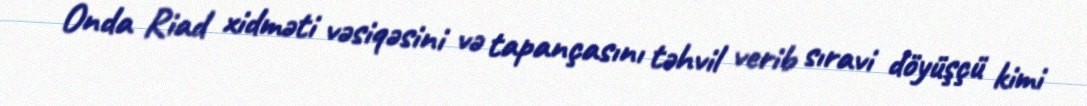
Onda Riad xidməti vəsiqəsini və tapançasını təhvil verib sıravi döyüşçü kimi